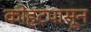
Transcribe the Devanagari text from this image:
कोहटपासून